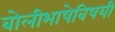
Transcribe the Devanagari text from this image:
बोलीभाषेविषयी